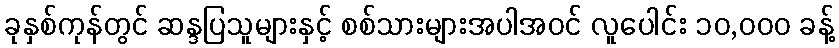
ခုနှစ်ကုန်တွင် ဆန္ဒပြသူများနှင့် စစ်သားများအပါအဝင် လူပေါင်း ၁၀,၀၀၀ ခန့်